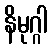
နိမုဂ္ဂါ